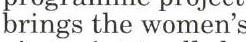
brings the women's